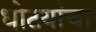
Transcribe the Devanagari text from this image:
धोटयांचा